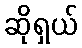
ဆိုရှယ်